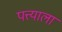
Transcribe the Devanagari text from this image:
पत्त्याला